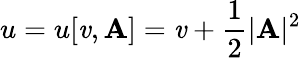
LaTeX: u=u[\mathit{v},\mathbf{{A}}]=\mathit{v}+\frac{1}{2}|\mathbf{{A}}|^{2}